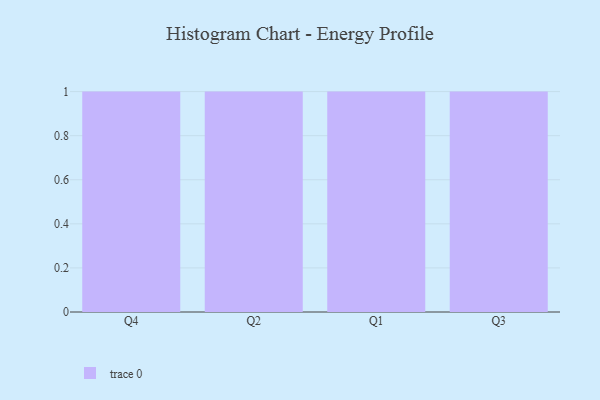
{"axis": {"x": "Quarter", "y": "Production Output"}, "legend": [""], "data": [{"x": "Q4", "y": 28, "type": ""}, {"x": "Q2", "y": 85, "type": ""}, {"x": "Q1", "y": 6, "type": ""}, {"x": "Q3", "y": 5, "type": ""}]}